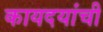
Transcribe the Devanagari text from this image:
कायदयांची